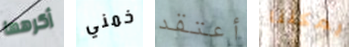
أكرهها خمني أعتقد يمكننا